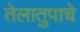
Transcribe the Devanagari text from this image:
तेलातुपाचे